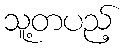
သူ့တပည့်